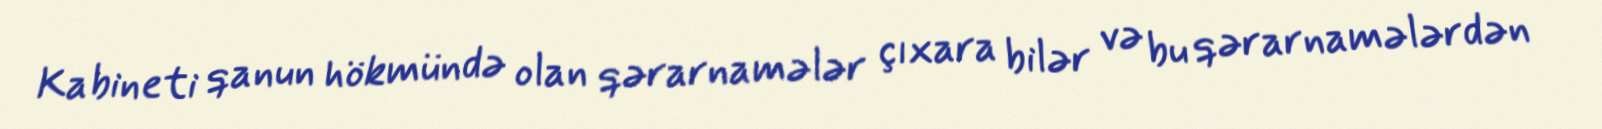
Kabineti qanun hökmündə olan qərarnamələr çıxara bilər və bu qərarnamələrdən